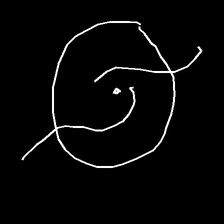
Glyph: repetition